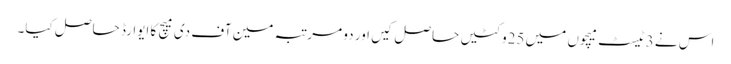
اس نے 3ٹیسٹ میچوں میں 25وکٹیں حاصل کیں اور دو مرتبہ مین آف دی میچ کا ایوارڈ حاصل کیا۔